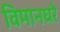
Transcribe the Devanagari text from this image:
विमानघरे